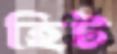
হিট